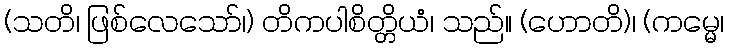
(သတိ၊ ဖြစ်လေသော်၊) တိကပါစိတ္တိယံ၊ သည်။ (ဟောတိ)၊ (ကမ္မေ၊